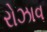
રોઝાવ